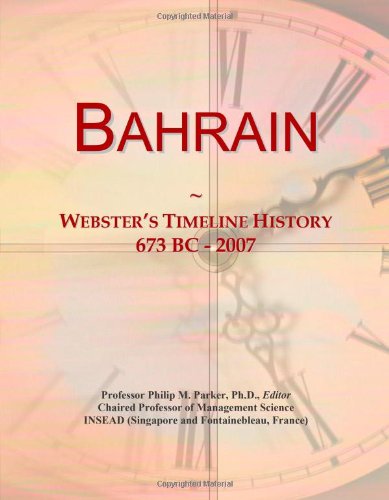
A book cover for Bahrain: Webster's Timeline History, 673 BC - 2007; Icon Group International; History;